Distribution and causation of leprosy in British India
Year: 1875
Disease focus: Leprosy
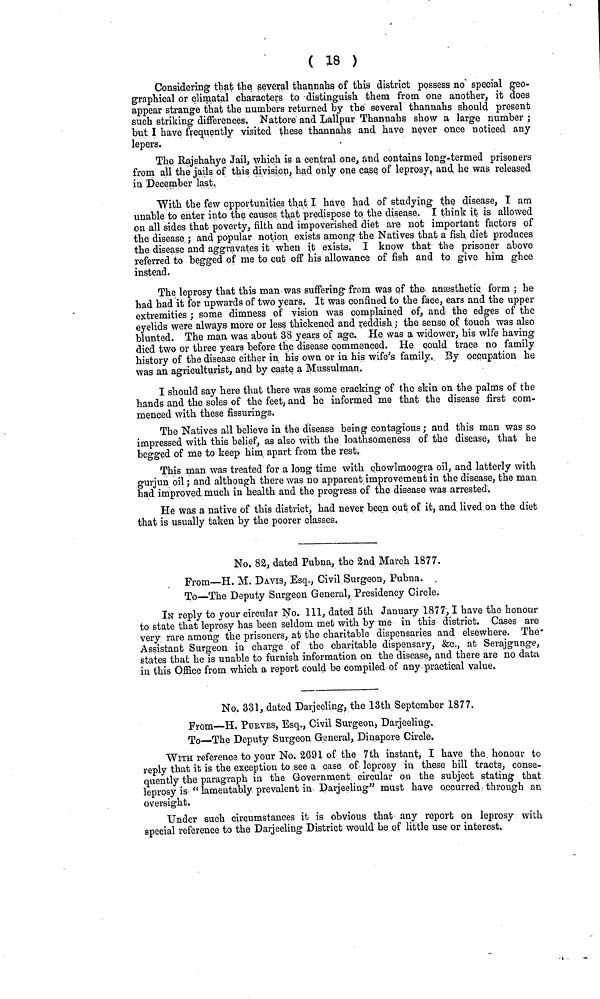
( 18 )
Considering that the several thannahs of this district possess no special geo-
graphical or climatal characters to distinguish them from one another, it does
appear strange that the numbers returned by the several thannahs should present
such striking differences. Nattore and Lallpur Thannahs show a large number ;
but I have frequently visited these thannahs and have never once noticed any
lepers.
The Rajshahye Jail, which is a central one, and contains long-termed prisoners
from all the jails of this division, had only one case of leprosy, and he was released
in December last.
With the few opportunities that I have had of studying the disease, I am
unable to enter into the causes that predispose to the disease. I think it is allowed
on all sides that poverty, filth and impoverished diet are not important factors of
the disease ; and popular notion exists among the Natives that a fish diet produces
the disease and aggravates it when it exists. I know that the prisoner above
referred to begged of me to cut off his allowance of fish and to give him ghee
instead.
The leprosy that this man was suffering from was of the anæsthetic form ; he
had had it for upwards of two years. It was confined to the face, ears and the upper
extremities ; some dimness of vision was complained of, and the edges of the
eyelids were always more or less thickened and reddish ; the sense of touch was also
blunted. The man, was about 38 years of age. He was a widower, his wife having
died two or three years before the disease commenced. He could trace no family
history of the disease either in his own or in his wife's family. By occupation he-
was an agriculturist, and by caste a Mussulman.
I should say here that there was some cracking of the skin on the palms of the
hands and the soles of the feet, and he informed me that the disease first com-
menced with these fissurings.
The Natives all believe in the disease being contagious; and this man was so
impressed with this belief, as also with the loathsomeness of the disease, that he
begged of me to keep him apart from the rest.
This man was treated for a long time with chowlmoogra oil, and latterly with
gurjun oil ; and although there was no apparent improvement in the disease, the man
had improved much in health and the progress of the disease was arrested.
He was a native of this district, had never been out of it, and lived on the diet
that is usually taken by the poorer classes.
No. 82, dated Pubna, the 2nd March 1877.
From—H. M. DAvis, Esq., Civil Surgeon, Pubna.
To—The Deputy Surgeon General, Presidency Circle.
IN reply to your circular No. 111, dated 5th January 1877,I have the honour
to state that leprosy has been seldom met with by me in this district. Cases are
very rare among the prisoners, at the charitable dispensaries and elsewhere. The
Assistant Surgeon in charge of the charitable dispensary, &c., at Serajgunge,
states that he is unable to furnish information on the disease, and there are no data
in this Office from which a report could be compiled of any practical value.
No. 331, dated Darjeeling, the 13th September 1877.
From—H. PURVES, Esq., Civil Surgeon, Darjeeling.
To—The Deputy Surgeon General, Dinapore Circle.
WITH reference to your No. 2691 of the 7th instant, I have the honour to
reply that it is the exception to see a case of leprosy in these hill tracts, conse-
quently the paragraph in the Government circular on the subject stating that
leprosy is " lamentably prevalent in Darjeeling" must have occurred through an
oversight.
Under such circumstances it is obvious that any report on leprosy with
special reference to the Darjeeling District would be of little use or interest.